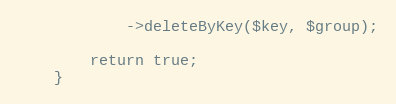
Language: PHP
            ->deleteByKey($key, $group);

        return true;
    }